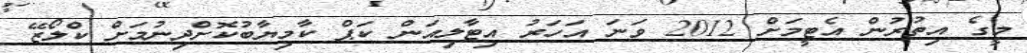
މީގެ އިތުރުން އެޓީމަށް 2012 ވަނަ އަހަރު އިޓާލިއަން ކަޕް ކާމިޔާބުކޮށްދިނުމަށް ކްލޯޒޭ